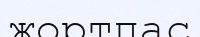
жортпас